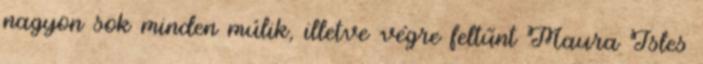
nagyon sok minden múlik, illetve végre feltűnt Maura Isles